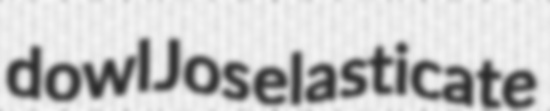
dowl Jos elasticate